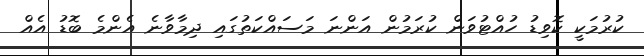
ކުރުމަކީ ކޮވިޑު ހުއްޓުވަން ކުރަމުން އަންނަ މަސައްކަތުގައި ދިމާވާނެ އެންމެ ބޮޑު އެއް